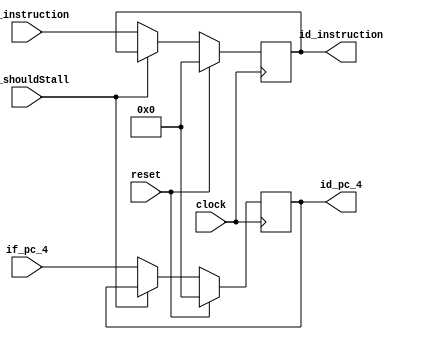
`timescale 1ns / 1ps

module IfIdRegisters (

		input clock,
		input reset,

		input id_shouldStall,

		input [31:0] if_pc_4,

		input [31:0] if_instruction,

		output reg [31:0] id_pc_4 = 0,

		output reg [31:0] id_instruction = 0
	);

	always @(posedge clock) begin

		if (reset) begin

			id_pc_4 <= 0;

			id_instruction <= 0;

		end else if (id_shouldStall) begin

			id_pc_4 <= id_pc_4;

			id_instruction <= id_instruction;

		end else begin

			id_pc_4 <= if_pc_4;

			id_instruction <= if_instruction;
		end
	end
endmodule